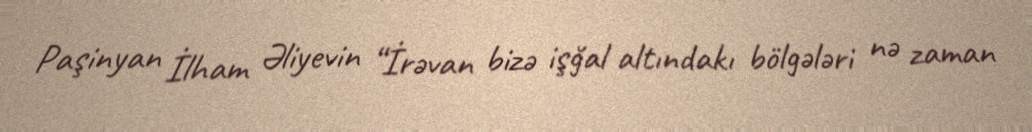
Paşinyan İlham Əliyevin “İrəvan bizə işğal altındakı bölgələri nə zaman